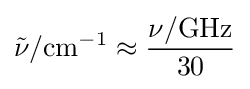
{\tilde {\nu }}/{\text{cm}}^{-1}\approx {\frac {\nu /{\text{GHz}}}{30}}